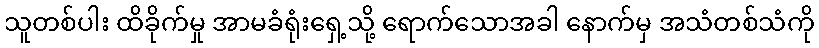
သူတစ်ပါး ထိခိုက်မှု အာမခံရုံးရှေ့သို့ ရောက်သောအခါ နောက်မှ အသံတစ်သံကို